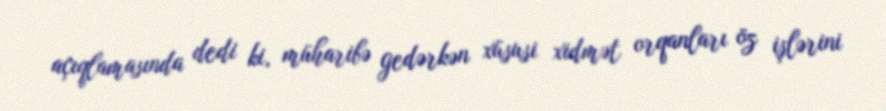
açıqlamasında dedi ki, müharibə gedərkən xüsusi xidmət orqanları öz işlərini